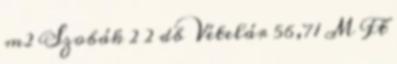
m2 Szobák 2 2 db Vételár 56,71 M Ft